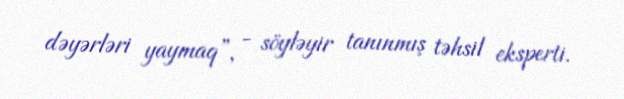
dəyərləri yaymaq”, - söyləyir tanınmış təhsil eksperti.